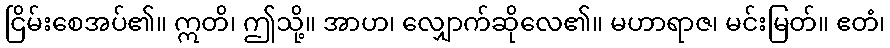
ငြိမ်းစေအပ်၏။ ဣတိ၊ ဤသို့။ အာဟ၊ လျှောက်ဆိုလေ၏။ မဟာရာဇ၊ မင်းမြတ်။ ဧတံ၊